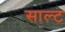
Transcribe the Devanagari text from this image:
साल्‍ट